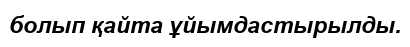
болып қайта ұйымдастырылды.